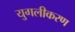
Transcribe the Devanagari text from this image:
युगलीकरण